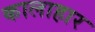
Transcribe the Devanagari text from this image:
कालाहार